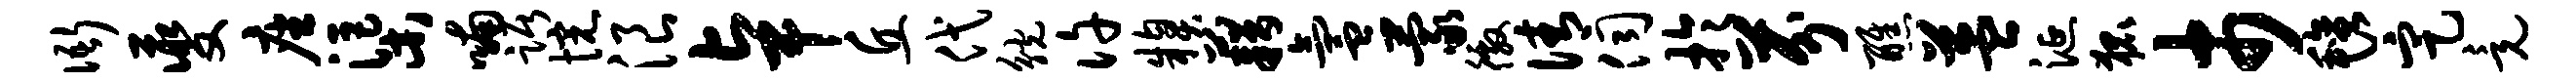
衙夔座渠喃踞惋浪卓丘代觥许糗藉氲蒙徼倩伺于芬醮益涎狐市毡定竟